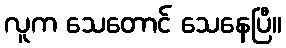
လူက သေတောင် သေနေပြီ။